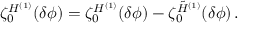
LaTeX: \zeta _ { 0 } ^ { H ^ { ( 1 ) } } ( \delta \phi ) = \zeta _ { 0 } ^ { { \cal H } ^ { ( 1 ) } } ( \delta \phi ) - \zeta _ { 0 } ^ { \tilde { H } ^ { ( 1 ) } } ( \delta \phi ) \, .